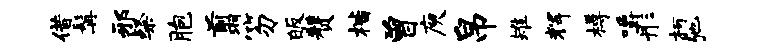
借髯邪粲胞翦笏皈赞楷曾庾帛雉辉樽嚼彤柯弛